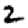
Digit: 2